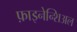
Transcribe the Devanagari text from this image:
फ़ाइनेन्शिअल